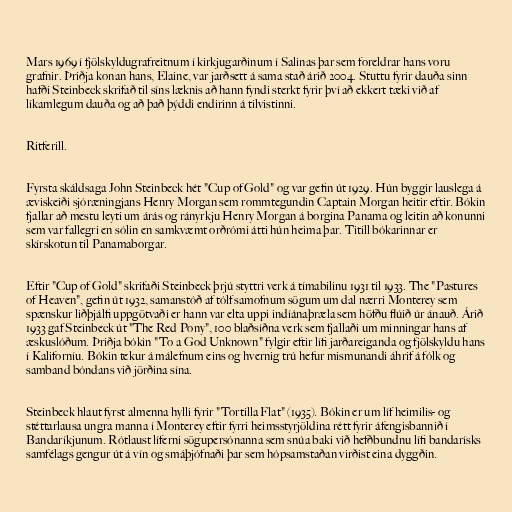
Mars 1969 í fjölskyldugrafreitnum í kirkjugarðinum í Salinas þar sem foreldrar hans voru
grafnir. Þriðja konan hans, Elaine, var jarðsett á sama stað árið 2004. Stuttu fyrir dauða sinn
hafði Steinbeck skrifað til síns læknis að hann fyndi sterkt fyrir því að ekkert tæki við af
líkamlegum dauða og að það þýddi endirinn á tilvistinni.

Ritferill.

Fyrsta skáldsaga John Steinbeck hét "Cup of Gold" og var gefin út 1929. Hún byggir lauslega á
æviskeiði sjóræningjans Henry Morgan sem rommtegundin Captain Morgan heitir eftir. Bókin
fjallar að mestu leyti um árás og rányrkju Henry Morgan á borgina Panama og leitin að konunni
sem var fallegri en sólin en samkvæmt orðrómi átti hún heima þar. Titill bókarinnar er
skírskotun til Panamaborgar.

Eftir "Cup of Gold" skrifaði Steinbeck þrjú styttri verk á tímabilinu 1931 til 1933. The "Pastures
of Heaven", gefin út 1932, samanstóð af tólf samofnum sögum um dal nærri Monterey sem
spænskur liðþjálfi uppgötvaði er hann var elta uppi indíánaþræla sem höfðu flúið úr ánauð. Árið
1933 gaf Steinbeck út "The Red Pony", 100 blaðsíðna verk sem fjallaði um minningar hans af
æskuslóðum. Þriðja bókin "To a God Unknown" fylgir eftir lífi jarðareiganda og fjölskyldu hans
í Kaliforníu. Bókin tekur á málefnum eins og hvernig trú hefur mismunandi áhrif á fólk og
samband bóndans við jörðina sína.

Steinbeck hlaut fyrst almenna hylli fyrir "Tortilla Flat" (1935). Bókin er um líf heimilis- og
stéttarlausa ungra manna í Monterey eftir fyrri heimsstyrjöldina rétt fyrir áfengisbannið í
Bandaríkjunum. Rótlaust líferni sögupersónanna sem snúa baki við hefðbundnu lífi bandarísks
samfélags gengur út á vín og smáþjófnaði þar sem hópsamstaðan virðist eina dyggðin.